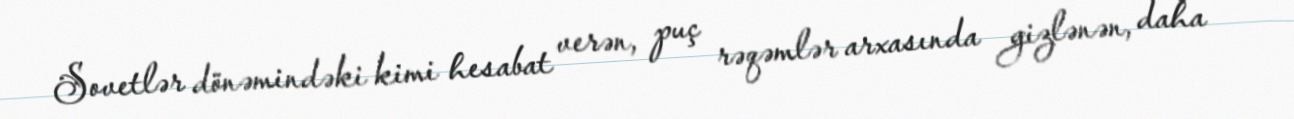
Sovetlər dönəmindəki kimi hesabat verən, puç rəqəmlər arxasında gizlənən, daha